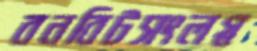
বনবিটসংলগ্ন